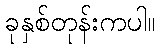
ခုနှစ်တုန်းကပါ။